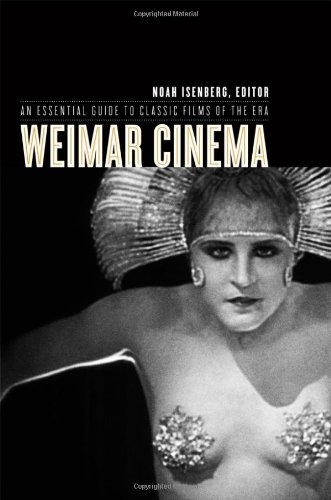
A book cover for Weimar Cinema: An Essential Guide to Classic Films of the Era (Film and Culture Series); Humor & Entertainment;